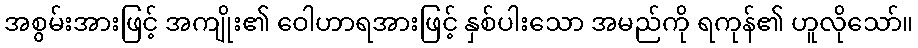
အစွမ်းအားဖြင့် အကျိုး၏ ဝေါဟာရအားဖြင့် နှစ်ပါးသော အမည်ကို ရကုန်၏ ဟူလိုသော်။